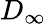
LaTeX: D_{\infty}